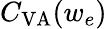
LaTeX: C_{\mathrm{VA}}(w_{e})